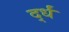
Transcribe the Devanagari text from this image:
र्द्धं